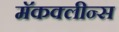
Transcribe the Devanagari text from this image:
मॅकक्लीन्स